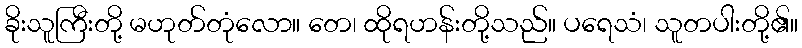
ခိုးသူကြီးတို့ မဟုတ်တုံလော။ တေ၊ ထိုရဟန်းတို့သည်။ ပရေသံ၊ သူတပါးတို့၏။